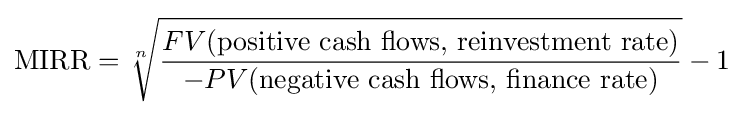
{\text{MIRR}}={\sqrt[{n}]{\frac {FV({\text{positive cash flows, reinvestment rate}})}{-PV({\text{negative cash flows, finance rate}})}}}-1